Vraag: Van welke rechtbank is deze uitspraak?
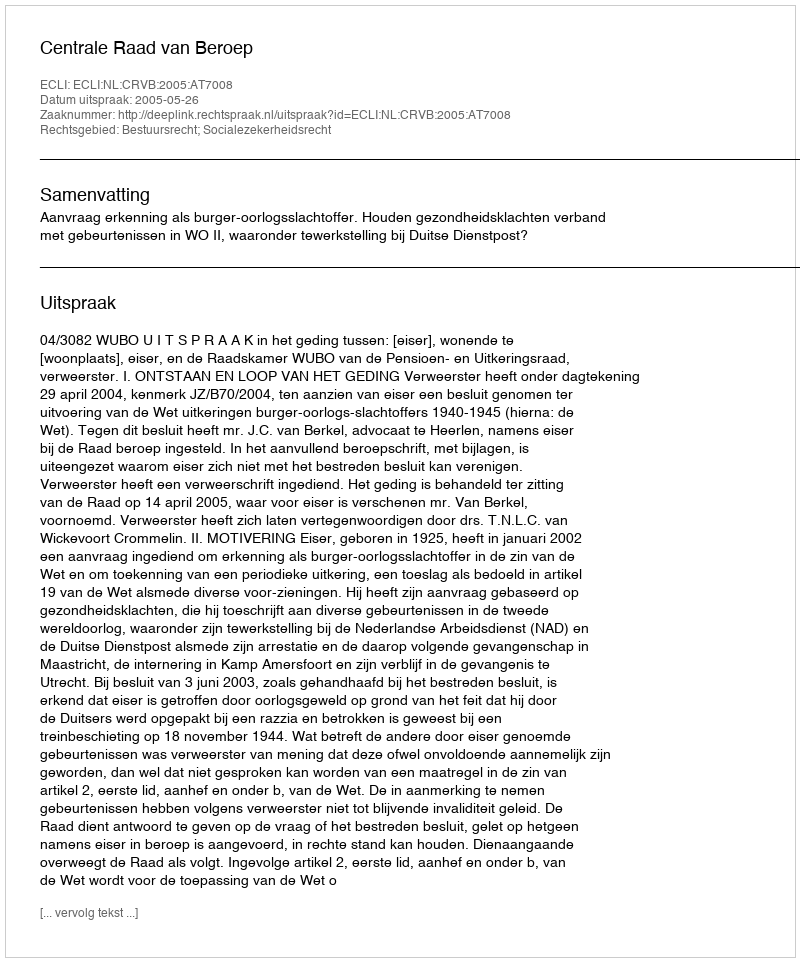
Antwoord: Centrale Raad van Beroep